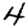
Digit: 4